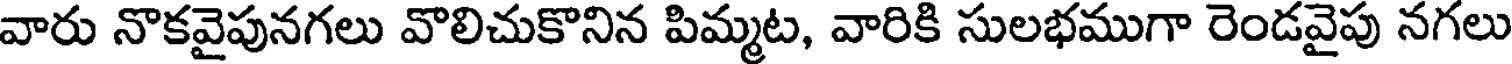
వారు నొకవైపునగలు వొలిచుకొనిన పిమ్మట, వారికి సులభముగా రెండవైపు నగలు